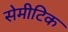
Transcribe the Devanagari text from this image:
सेमीटिक